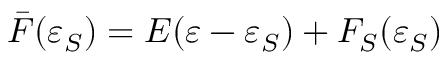
\bar { F } ( \varepsilon _ { S } ) = E ( \varepsilon - \varepsilon _ { S } ) + F _ { S } ( \varepsilon _ { S } )